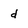
Character: d